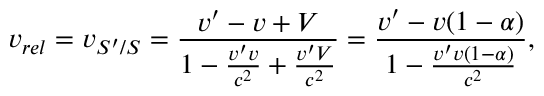
v _ { r e l } = v _ { S ^ { \prime } / S } = \frac { v ^ { \prime } - v + V } { 1 - \frac { v ^ { \prime } v } { c ^ { 2 } } + \frac { v ^ { \prime } V } { c ^ { 2 } } } = \frac { v ^ { \prime } - v ( 1 - \alpha ) } { 1 - \frac { v ^ { \prime } v ( 1 - \alpha ) } { c ^ { 2 } } } ,